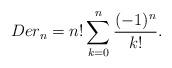
LaTeX: \begin{align*} Der_{n}=n!\sum_{k=0}^{n}\frac{(-1)^{n}}{k!}. \end{align*}